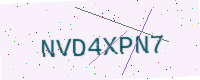
Text: NVD4XPN7